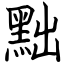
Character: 黜